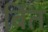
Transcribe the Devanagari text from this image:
बिंत